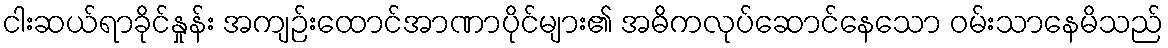
ငါးဆယ်ရာခိုင်နှုန်း အကျဉ်းထောင်အာဏာပိုင်များ၏ အဓိကလုပ်ဆောင်နေသော ဝမ်းသာနေမိသည်